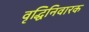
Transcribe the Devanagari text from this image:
वृद्धिनिवारक